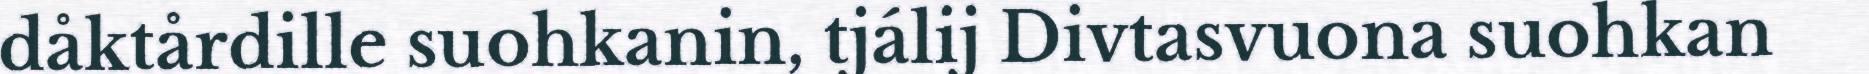
dåktårdille suohkanin, tjálij Divtasvuona suohkan